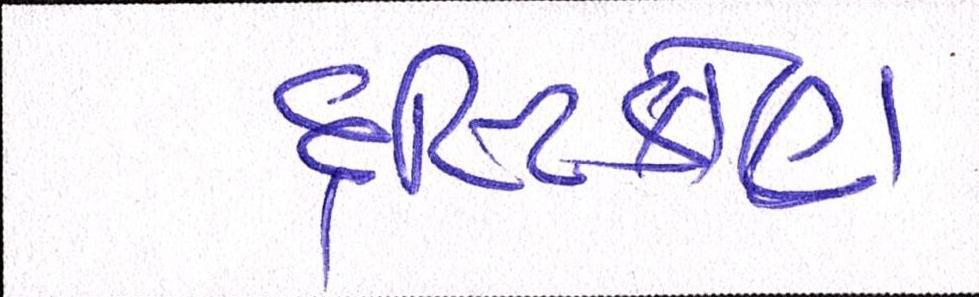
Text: દૃષ્ટિકોણ